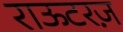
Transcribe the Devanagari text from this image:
राऊटरज़